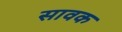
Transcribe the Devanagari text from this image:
सावक